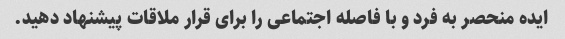
ایده منحصر به فرد و با فاصله اجتماعی را برای قرار ملاقات پیشنهاد دهید.